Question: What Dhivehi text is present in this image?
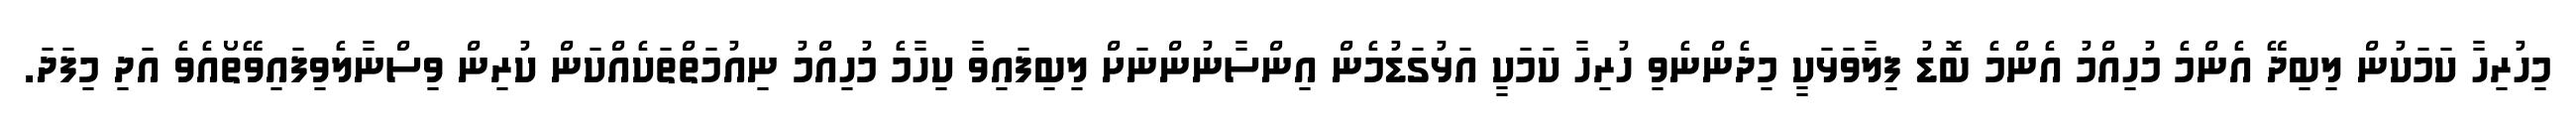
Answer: މިހުރިހާ ކަމަކުން ލިބިދޭ އެންމެ މުހިއްމު އެންމެ ބޮޑު ފިލާވަޅަކީ މިދެންނެވި ހުރިހާ ކަމަކީ އަޅުގަޑުމެން އިންސާނުންނަށް ލިބިފައިވާ ކިހާމެ މުހިއްމު ނިއުމަތްތަކެއްކަން ކުރިން ވިސްނާލެވިފައިވޭތޯއެވެ އަދި މިފަދަ.